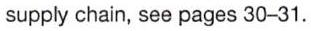
supply chain, see pages 30-31.